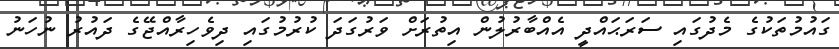
ގައުމުތަކުގެ މެދުގައި ސަރަޙައްދީ އެއްބާރުލުން އިތުރަށް ވަރުގަދަ ކުރުމުގައި ދިވެހިރާއްޖޭގެ ދައުރު ނުހަނު